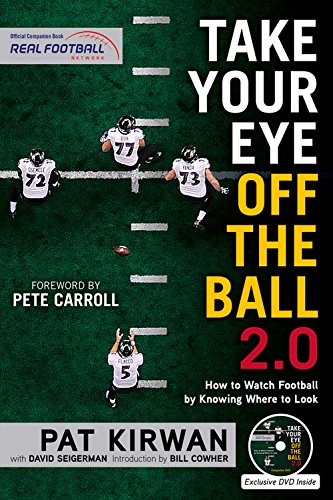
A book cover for Take Your Eye Off the Ball 2.0: How to Watch Football by Knowing Where to Look; Pat Kirwan; Reference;